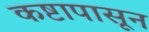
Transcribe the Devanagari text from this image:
कष्टापासून